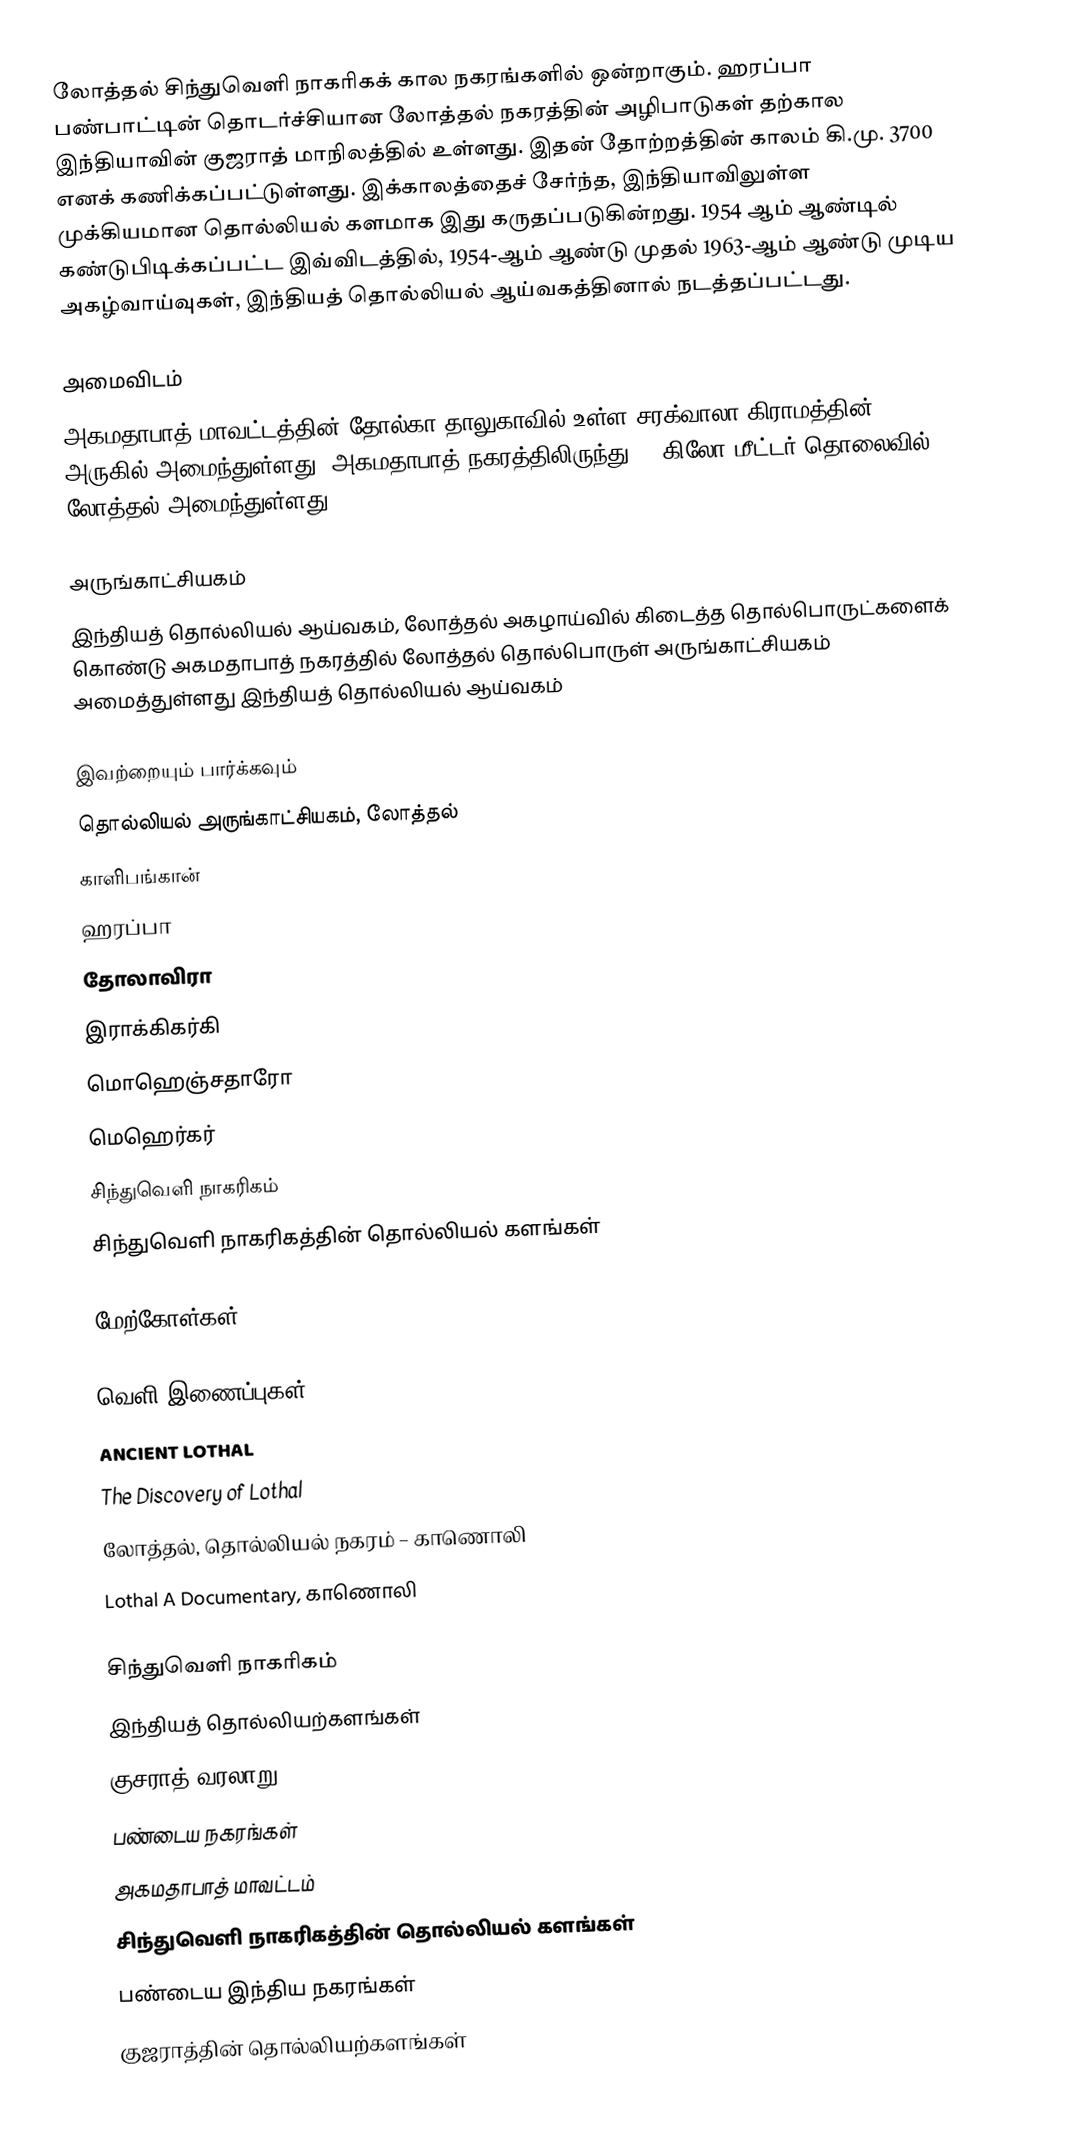
லோத்தல் சிந்துவெளி நாகரிகக் கால நகரங்களில் ஒன்றாகும். ஹரப்பா பண்பாட்டின் தொடர்ச்சியான லோத்தல் நகரத்தின் அழிபாடுகள் தற்கால இந்தியாவின் குஜராத் மாநிலத்தில் உள்ளது. இதன் தோற்றத்தின் காலம் கி.மு. 3700 எனக் கணிக்கப்பட்டுள்ளது. இக்காலத்தைச் சேர்ந்த, இந்தியாவிலுள்ள முக்கியமான தொல்லியல் களமாக இது கருதப்படுகின்றது. 1954 ஆம் ஆண்டில் கண்டுபிடிக்கப்பட்ட இவ்விடத்தில், 1954-ஆம் ஆண்டு முதல்  1963-ஆம் ஆண்டு முடிய அகழ்வாய்வுகள், இந்தியத் தொல்லியல் ஆய்வகத்தினால் நடத்தப்பட்டது.

அமைவிடம்
அகமதாபாத் மாவட்டத்தின் தோல்கா தாலுகாவில் உள்ள சரக்வாலா கிராமத்தின் அருகில் அமைந்துள்ளது. அகமதாபாத் நகரத்திலிருந்து 80 கிலோ மீட்டர் தொலைவில் லோத்தல் அமைந்துள்ளது.

அருங்காட்சியகம்
இந்தியத் தொல்லியல் ஆய்வகம்,  லோத்தல் அகழாய்வில் கிடைத்த தொல்பொருட்களைக் கொண்டு அகமதாபாத் நகரத்தில்  லோத்தல் தொல்பொருள் அருங்காட்சியகம் அமைத்துள்ளது   இந்தியத் தொல்லியல் ஆய்வகம்

இவற்றையும் பார்க்கவும்
 தொல்லியல் அருங்காட்சியகம், லோத்தல்
 காளிபங்கான்
 ஹரப்பா
 தோலாவிரா
 இராக்கிகர்கி
 மொஹெஞ்சதாரோ
 மெஹெர்கர்
 சிந்துவெளி நாகரிகம்
 சிந்துவெளி நாகரிகத்தின் தொல்லியல் களங்கள்

மேற்கோள்கள்

வெளி இணைப்புகள்
ANCIENT LOTHAL
The Discovery of Lothal
லோத்தல், தொல்லியல் நகரம் – காணொலி
Lothal A Documentary, காணொலி

சிந்துவெளி நாகரிகம்
இந்தியத் தொல்லியற்களங்கள்
குசராத் வரலாறு
பண்டைய நகரங்கள்
அகமதாபாத் மாவட்டம்
சிந்துவெளி நாகரிகத்தின் தொல்லியல் களங்கள்
பண்டைய இந்திய நகரங்கள்
குஜராத்தின் தொல்லியற்களங்கள்